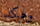
وهكذا